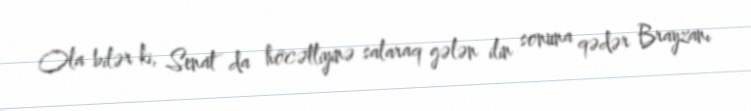
Ola bilər ki, Senat da höcətliyinə salaraq gələn ilin sonuna qədər Brayzanı